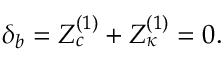
\delta _ { b } = Z _ { c } ^ { ( 1 ) } + Z _ { \kappa } ^ { ( 1 ) } = 0 .